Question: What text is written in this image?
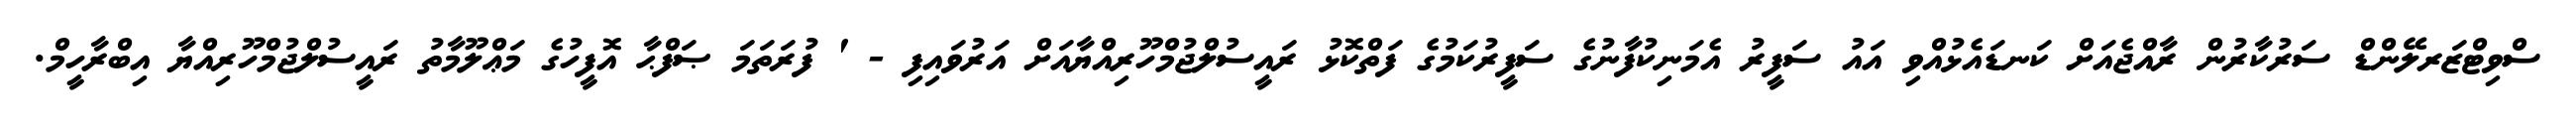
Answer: ސްވިޓްޒަރލޭންޑް ސަރުކާރުން ރާއްޖެއަށް ކަނޑައެޅުއްވި އައު ސަފީރު އެމަނިކުފާނުގެ ސަފީރުކަމުގެ ފަތްކޮޅު ރައީސުލްޖުމްހޫރިއްޔާއަށް އަރުވައިފި - ' ފުރަތަމަ ޞަފްޙާ އޮފީހުގެ މަޢްލޫމާތު ރައީސުލްޖުމްހޫރިއްޔާ އިބްރާހީމް.